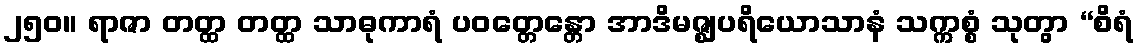
၂၅၀။ ရာဇာ တတ္ထ တတ္ထ သာဓုကာရံ ပဝတ္တေန္တော အာဒိမဇ္ဈပရိယောသာနံ သက္ကစ္စံ သုတွာ “စိရံ